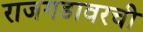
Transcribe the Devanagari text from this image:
राजगडावरची